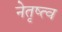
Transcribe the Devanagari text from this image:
नेतृष्त्व